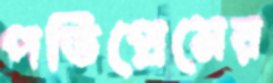
পতিপ্রেমের